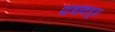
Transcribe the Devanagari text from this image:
पात्रांकडून